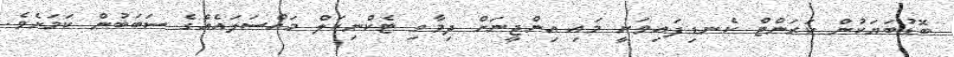
ބޮޑުބަޔަކުން ކަރަންޓް ކެނޑިފައިވަނީ މައި އިންޖީނަށް ދިމާވި ޓެކްނިކަލް މައްސަލައެއްގެ ސަބަބުން ކަަމަށެވެ.